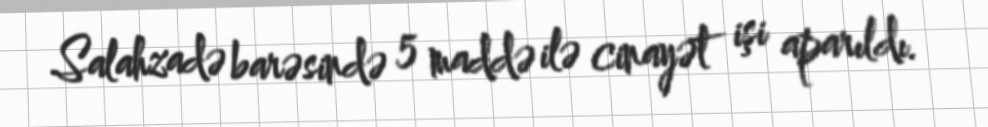
Salahzadə barəsində 5 maddə ilə cinayət işi aparıldı.